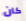
كان